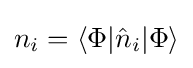
n_{i}=\langle \Phi \vert {\hat {n}}_{i}\vert \Phi \rangle